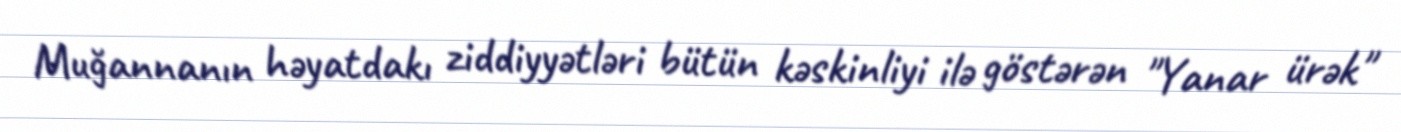
Muğannanın həyatdakı ziddiyyətləri bütün kəskinliyi ilə göstərən "Yanar ürək"